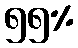
၅၅%